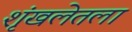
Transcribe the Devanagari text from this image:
शृंखलेतला